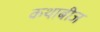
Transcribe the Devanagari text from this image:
कथाबीज